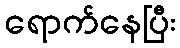
ရောက်နေပြီး